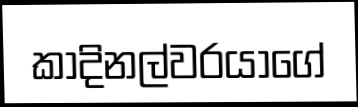
කාදිනල්වරයාගේ